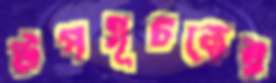
উপসূচকের